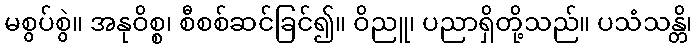
မစွပ်စွဲ။ အနုဝိစ္စ၊ စီစစ်ဆင်ခြင်၍။ ဝိညူ၊ ပညာရှိတို့သည်။ ပသံသန္တိ၊